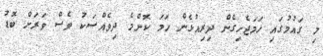
މި ގައުމުގައި ހަމަޖެހިގެން ދިރިއުޅެން ހަމަ ކޮންމެ ދިވެއްސަކު ވެސް ވަރަށް ބޮޑު